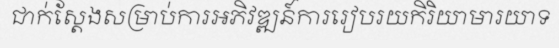
ជាក់ស្តែងសម្រាប់ការអភិវឌ្ឍន៍ការរៀបរយកិរិយាមារយាទ